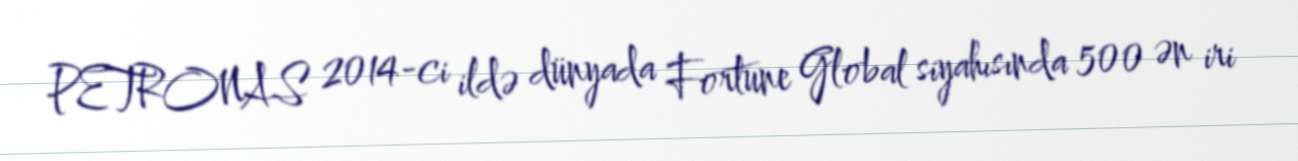
PETRONAS 2014-ci ildə dünyada Fortune Global siyahısında 500 ən iri